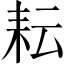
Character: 耘